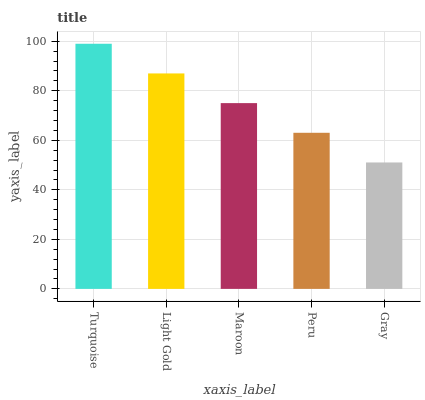
| xaxis_label | bars |
 | --- | --- |
 | Turquoise | 99 |
 | Light Gold | 87 |
 | Maroon | 75 |
 | Peru | 63 |
 | Gray | 51.1 |